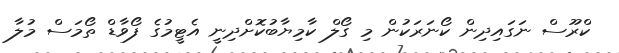
ކްރޫސް ނަގައިދިން ކޯނަރަކުން މި ގޯލް ކާމިޔާބުކޮށްދިނީ އެޓީމުގެ ފޯވާޑް ތޯމަސް މުލާ